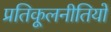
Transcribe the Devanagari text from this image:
प्रतिकूलनीतियों